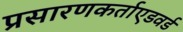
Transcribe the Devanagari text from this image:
प्रसारणकर्ताएडवर्ड